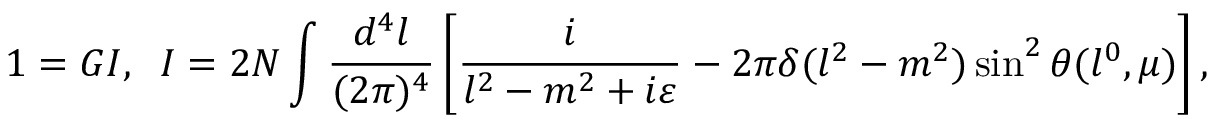
1 = G I , \; \; I = 2 N \int \frac { d ^ { 4 } l } { ( 2 \pi ) ^ { 4 } } \left[ \frac { i } { l ^ { 2 } - m ^ { 2 } + i \varepsilon } - 2 \pi \delta ( l ^ { 2 } - m ^ { 2 } ) \sin ^ { 2 } \theta ( l ^ { 0 } , \mu ) \right] ,